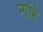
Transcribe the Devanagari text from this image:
नानि